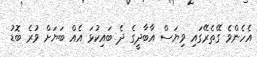
އެހެންވެ ގޭތެރޭގައި ވިޔަސް އާބާދީގެ ދެ ބައިކުޅަ އެއް ބަޔަށް ވުރެ ބޮޑު